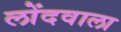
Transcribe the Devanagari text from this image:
लोंदवाला